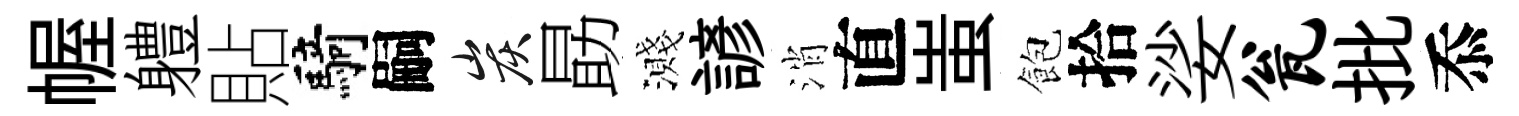
幄軆貼騎嗣炭勗濺諺消直蚩飽拾娑瓮批忝